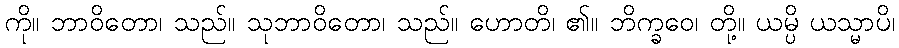
ကို။ ဘာဝိတော၊ သည်။ သုဘာဝိတော၊ သည်။ ဟောတိ၊ ၏။ ဘိက္ခဝေ၊ တို့။ ယမ္ပိ ယသ္မာပိ၊